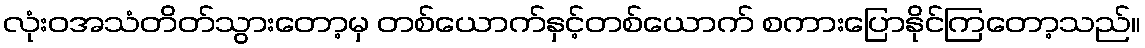
လုံးဝအသံတိတ်သွားတော့မှ တစ်ယောက်နှင့်တစ်ယောက် စကားပြောနိုင်ကြတော့သည်။